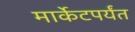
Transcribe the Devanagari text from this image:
मार्केटपर्यंत